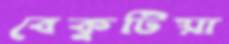
বেকুটিয়া